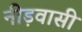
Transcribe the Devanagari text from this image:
नीड़वासी